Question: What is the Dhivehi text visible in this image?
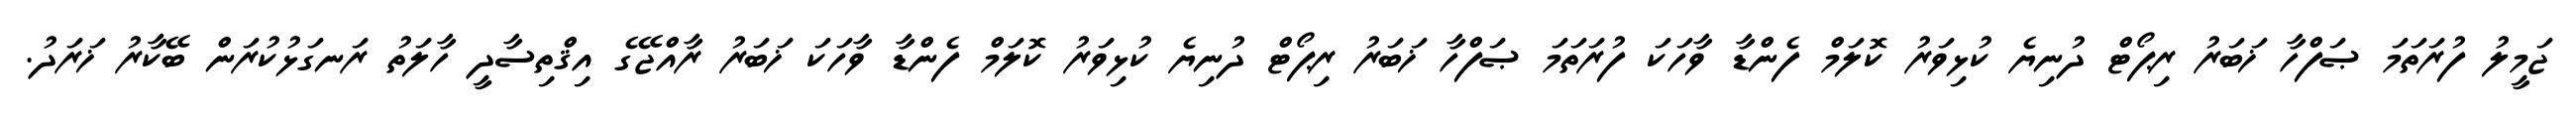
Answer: ޖަމީލު ފުރަތަމަ ޞަފްހާ ޚަބަރު ރިޕޯޓް ދުނިޔެ ކުޅިވަރު ކޮލަމް ފެންޑާ ވާހަކަ ފުރަތަމަ ޞަފްހާ ޚަބަރު ރިޕޯޓް ދުނިޔެ ކުޅިވަރު ކޮލަމް ފެންޑާ ވާހަކަ ޚަބަރު ރާއްޖޭގެ އިޤްތިސާދީ ހާލަތު ރަނގަޅުކުރަން ބޭކާރު ޚަރަދު.